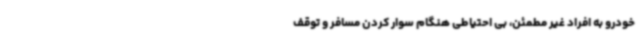
خودرو به افراد غیر مطمئن، بی احتیاطی هنگام سوار کردن مسافر و توقف